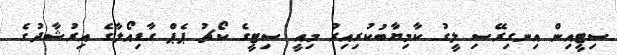
ސިޓީއިން އިނގިރޭސި ލީގު ކާމިޔާބުކުރިއިރު މިއީ ސިޓީގެ ކޯޗު ޕެޕް ގާޑިއޯލާގެ އިރުޝާދުގެ